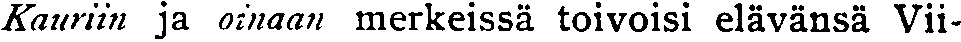
Kaurin ja oinaan merkeissä toivoisi elävänsä Vii-